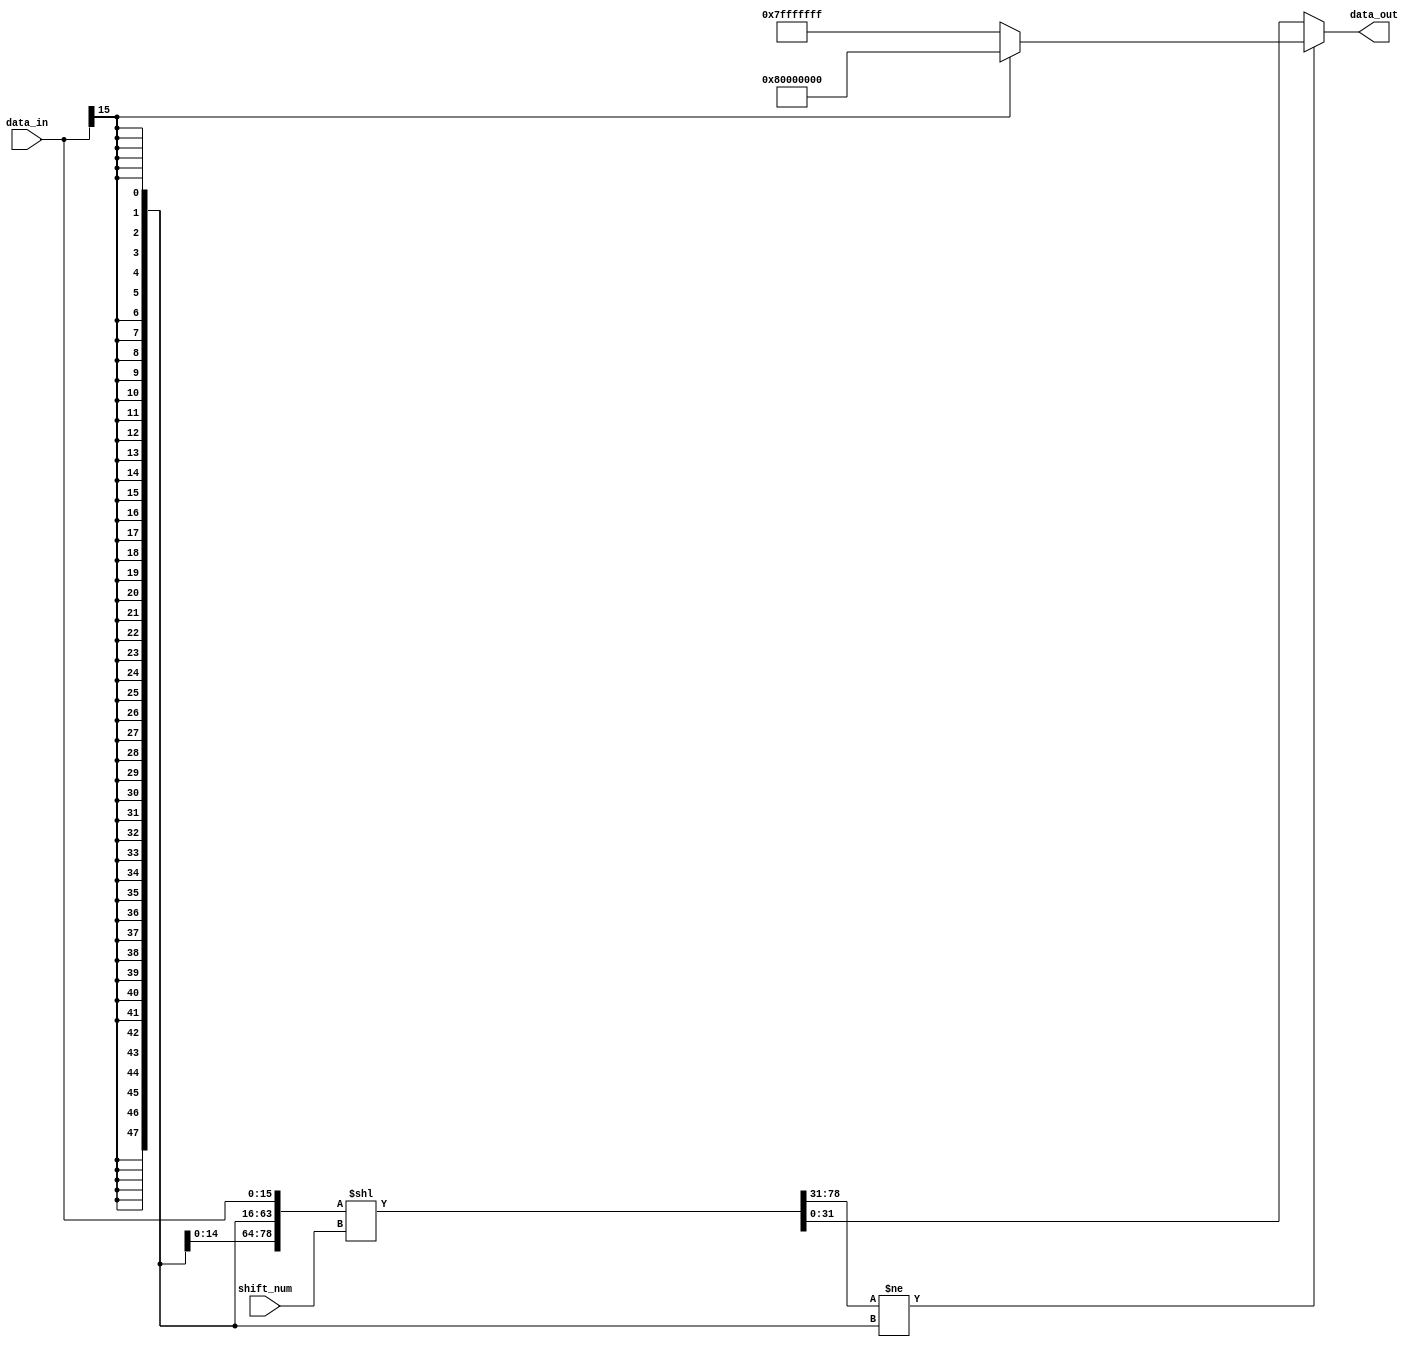
// This program was cloned from: https://github.com/TILOS-AI-Institute/MacroPlacement
// License: BSD 3-Clause "New" or "Revised" License

// ================================================================
// NVDLA Open Source Project
//
// Copyright(c) 2016 - 2017 NVIDIA Corporation. Licensed under the
// NVDLA Open Hardware License; Check "LICENSE" which comes with
// this distribution for more information.
// ================================================================
module NV_NVDLA_HLS_shiftleftsu (
   data_in
  ,shift_num
  ,data_out
  );
parameter IN_WIDTH = 16;
parameter OUT_WIDTH = 32;
parameter SHIFT_WIDTH = 6;
parameter SHIFT_MAX = (1<<SHIFT_WIDTH)-1;
parameter HIGH_WIDTH = SHIFT_MAX+IN_WIDTH-OUT_WIDTH;
input [IN_WIDTH-1:0] data_in;
input [SHIFT_WIDTH-1:0] shift_num;
output [OUT_WIDTH-1:0] data_out;
wire [HIGH_WIDTH-1:0] data_high;
wire [OUT_WIDTH-1:0] data_shift;
wire [OUT_WIDTH-1:0] data_max;
wire data_sign;
wire left_shift_sat;
// synoff nets
// monitor nets
// debug nets
// tie high nets
// tie low nets
// no connect nets
// not all bits used nets
// todo nets
assign data_sign = data_in[IN_WIDTH-1];
assign {data_high[((HIGH_WIDTH) - 1):0],data_shift[((OUT_WIDTH) - 1):0]} = {{SHIFT_MAX{data_sign}},data_in} << shift_num[((SHIFT_WIDTH) - 1):0];
assign left_shift_sat = {data_high[((HIGH_WIDTH) - 1):0],data_shift[OUT_WIDTH-1]} != {(HIGH_WIDTH+1){data_sign}};
assign data_max = data_sign ? {1'b1, {(OUT_WIDTH-1){1'b0}}} : ~{1'b1, {(OUT_WIDTH-1){1'b0}}};
assign data_out = left_shift_sat ? data_max : data_shift;
endmodule // NV_NVDLA_HLS_shiftleftsu